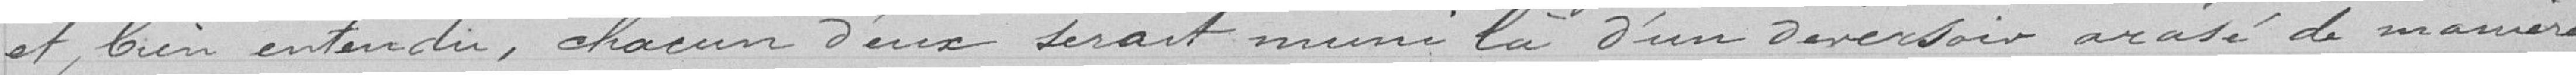
et, bien entendu, chacun d'eux serait muni là d'un déversoir arasé de manière